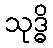
သုဒ္ဓိ